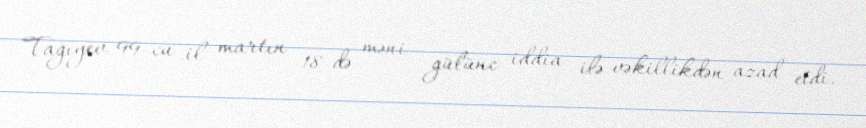
Tağıyev 99-cu il martın 18-də məni gülünc iddia ilə vəkillikdən azad etdi.